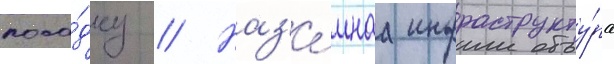
поса́дку // Наз'е́мнаа инфраструкту́ра